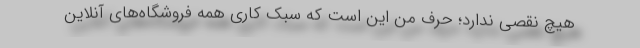
هیچ نقصی ندارد؛ حرف من این است که سبک کاری همه فروشگاه‌های آنلاین